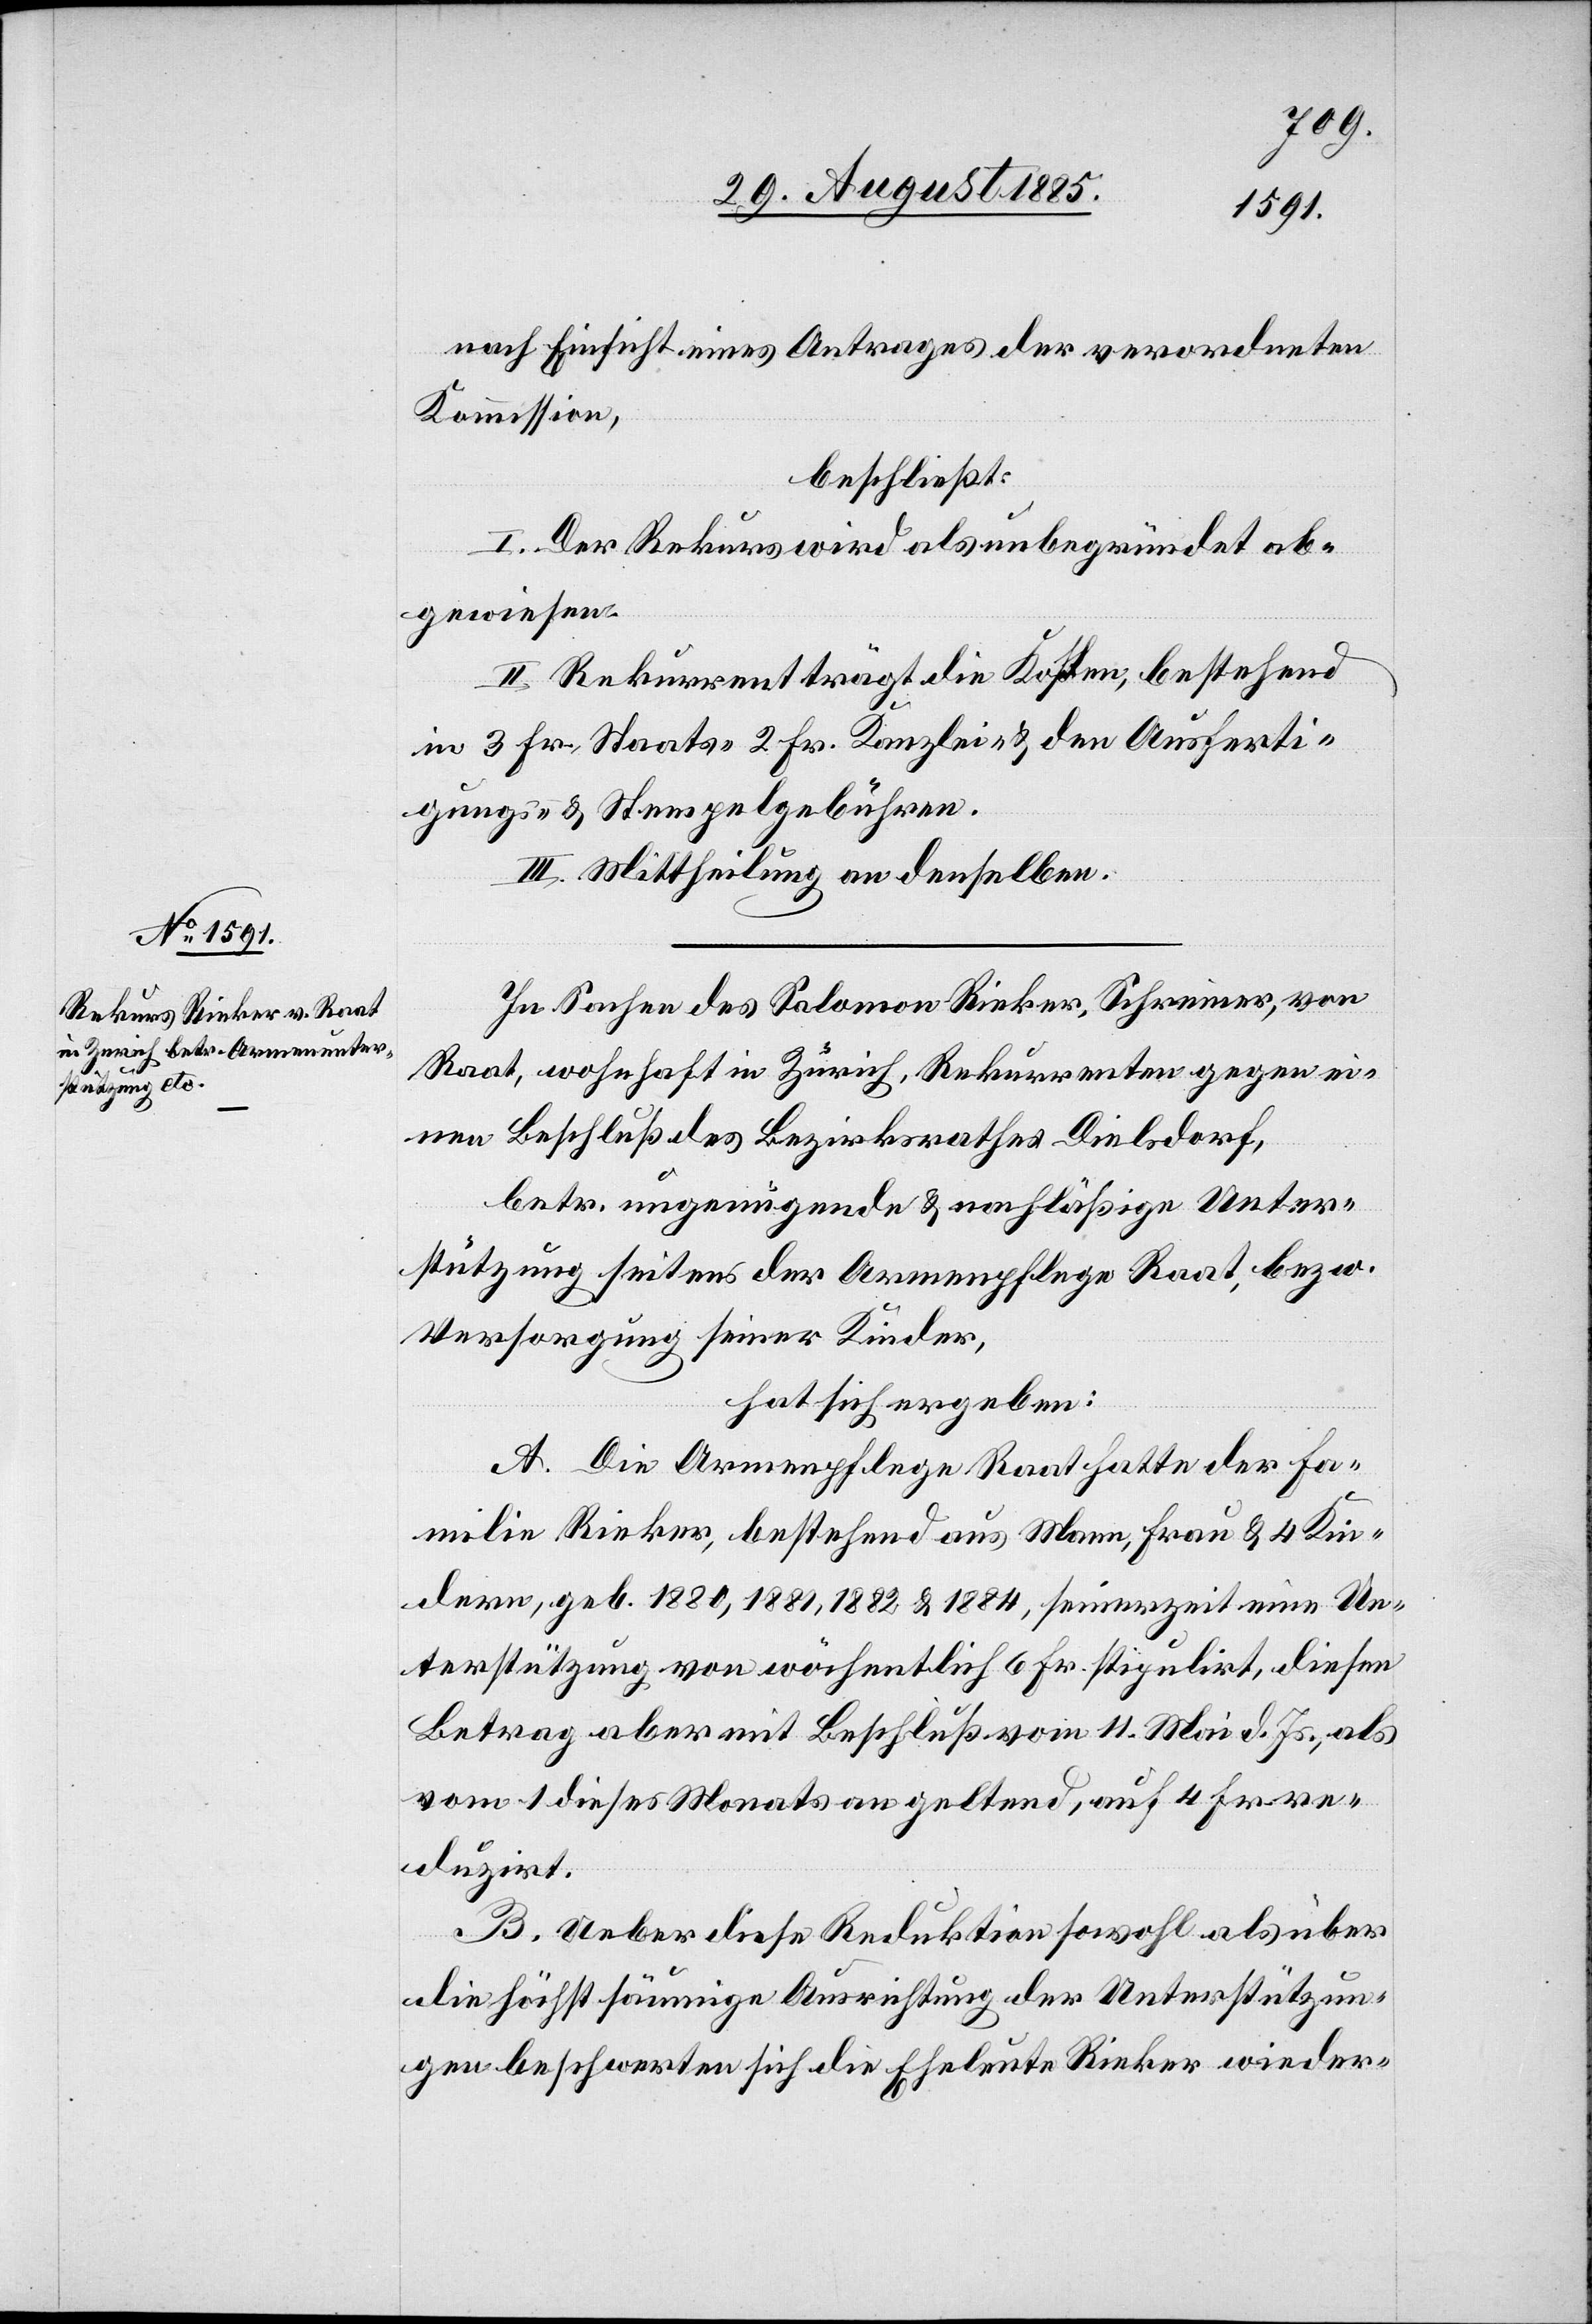
nach Einsicht eines Antrages der verordneten
Kommission,
beschließt:
I. Der Rekurs wird als unbegründet ab¬
gewiesen.
II. Rekurrent trägt die Kosten, bestehend
in 3 Fr. Staats- 2 Fr. Kanzlei- & den Ausferti¬
gungs- & Stempelgebühren.
III. Mittheilung an denselben.
In Sachen des Salomon Rieker, Schreiner, von
Raat, wohnhaft in Zürich, Rekurrenten gegen ei¬
nen Beschluß des Bezirksrathes Dielsdorf,
betr. ungenügende & nachläßige Unter¬
stützung seitens der Armenpflege Raat, bezw.
Versorgung seiner Kinder,
hat sich ergeben:
A. Die Armenpflege Raat hatte der Fa¬
milie Rieker, bestehend aus Mann, Frau & 4 Kin¬
dern, geb. 1880, 1881, 1882 & 1884, seinerzeit eine Un¬
terstützung von wöchentlich 6 Fr. stipulirt, diesen
Betrag aber mit Beschluß vom 11. Mai d. Js., als
vom 1 dieses Monats an geltend, auf 4 Fr. re¬
duzirt.
B. Ueber diese Reduktion sowohl als über
die höchst säumige Ausrichtung der Unterstützun¬
gen beschwerten sich die Eheleute Rieker wieder-